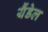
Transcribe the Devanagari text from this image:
यैंडेल